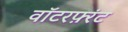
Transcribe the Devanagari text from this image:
वाॅटरफ़्रंट